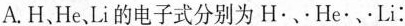
A.H.He Li的电子式分别为H·、·He·、·Li：